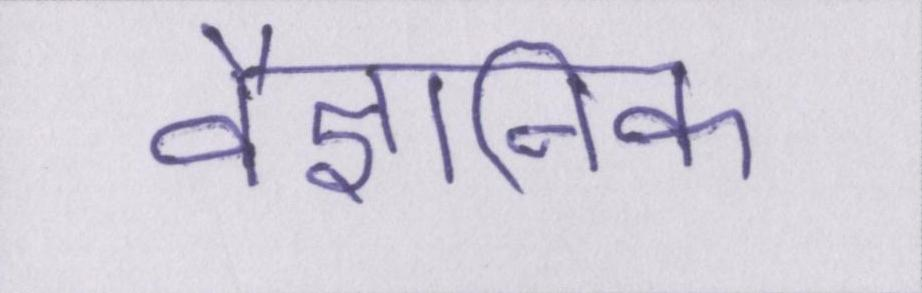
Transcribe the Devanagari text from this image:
वैज्ञानिक